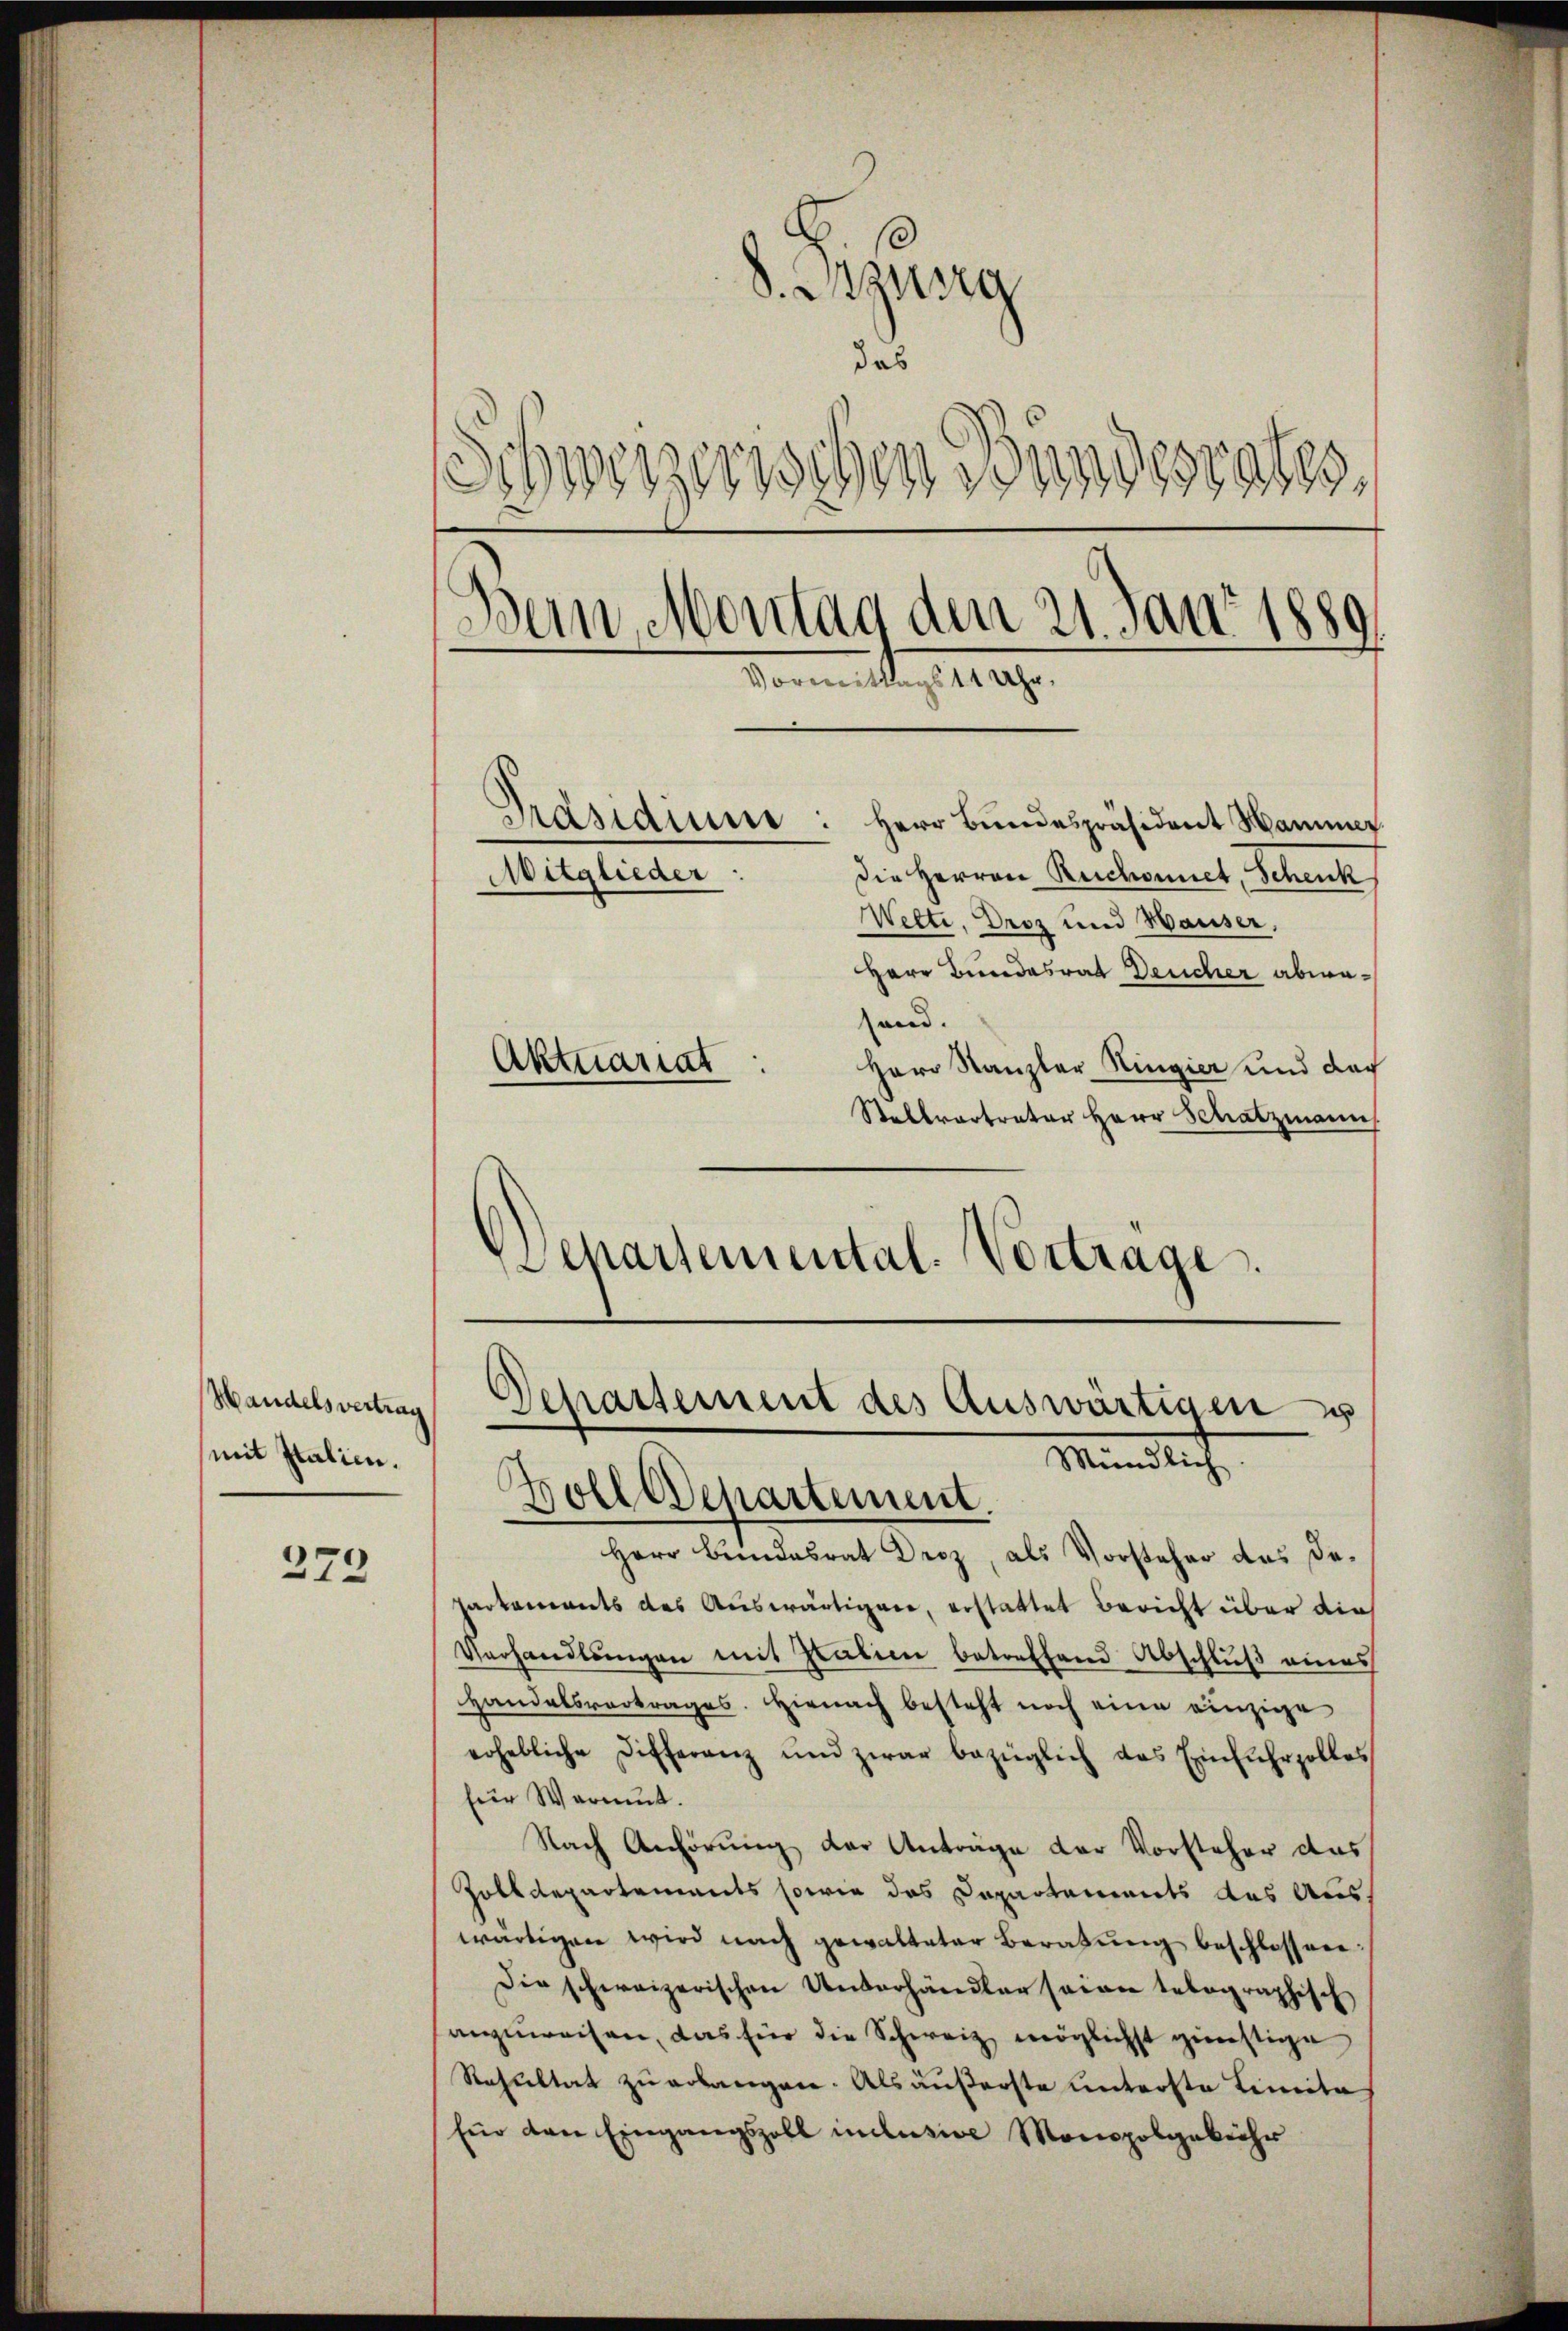
Handelsvertrag
mit Italien.

279

8. Entzung
das
Schweizerischen Bundesrates.
Bern, Montag den 21. Jan. 1889.
Vormittag angen
Präsidium.
Herr Bundespräsident Hammer
die Herren Reichonnet, Schenk
Mitglieder
Welti, Droz und Hauser,
Herr Bundesrat Deucher abwasand.
Aktuariat
Herr Kanzler Ringier und doch
Stellvertreter Herr Schatzmann.

Departemental. Vortrage.

Departement des Auswärtigen u
Mündlich
Troll Departement.
d

Herr Bundesrat Droz, als Vorsteher das Departements des Auswärtigen, erstattet Bericht über die
Verhandlungen mit Italien betreffend Abschluß eines
Handelsvertrages. Hienach besteht noch eine einzige
erhebliche Differanz und zwar bezüglich das Einfuhrzolles
für Warnut.
Nach Anhörung der Anträge der Vorsteher das
Zolldepartements sowie des Departements des Auswärtigen wird nach gewalteter Beratŭng beschlossen:
Die schweizerischen Unverhändler seien telegraphisch
anzuweisen, das für die Schweiz möglichst günstige
Resultat zu erbangere. Als äußerste unterste Limita
Ein den Eingangszoll inclusive Monopolgebühr